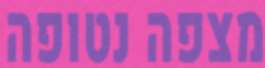
מצפה נטופה